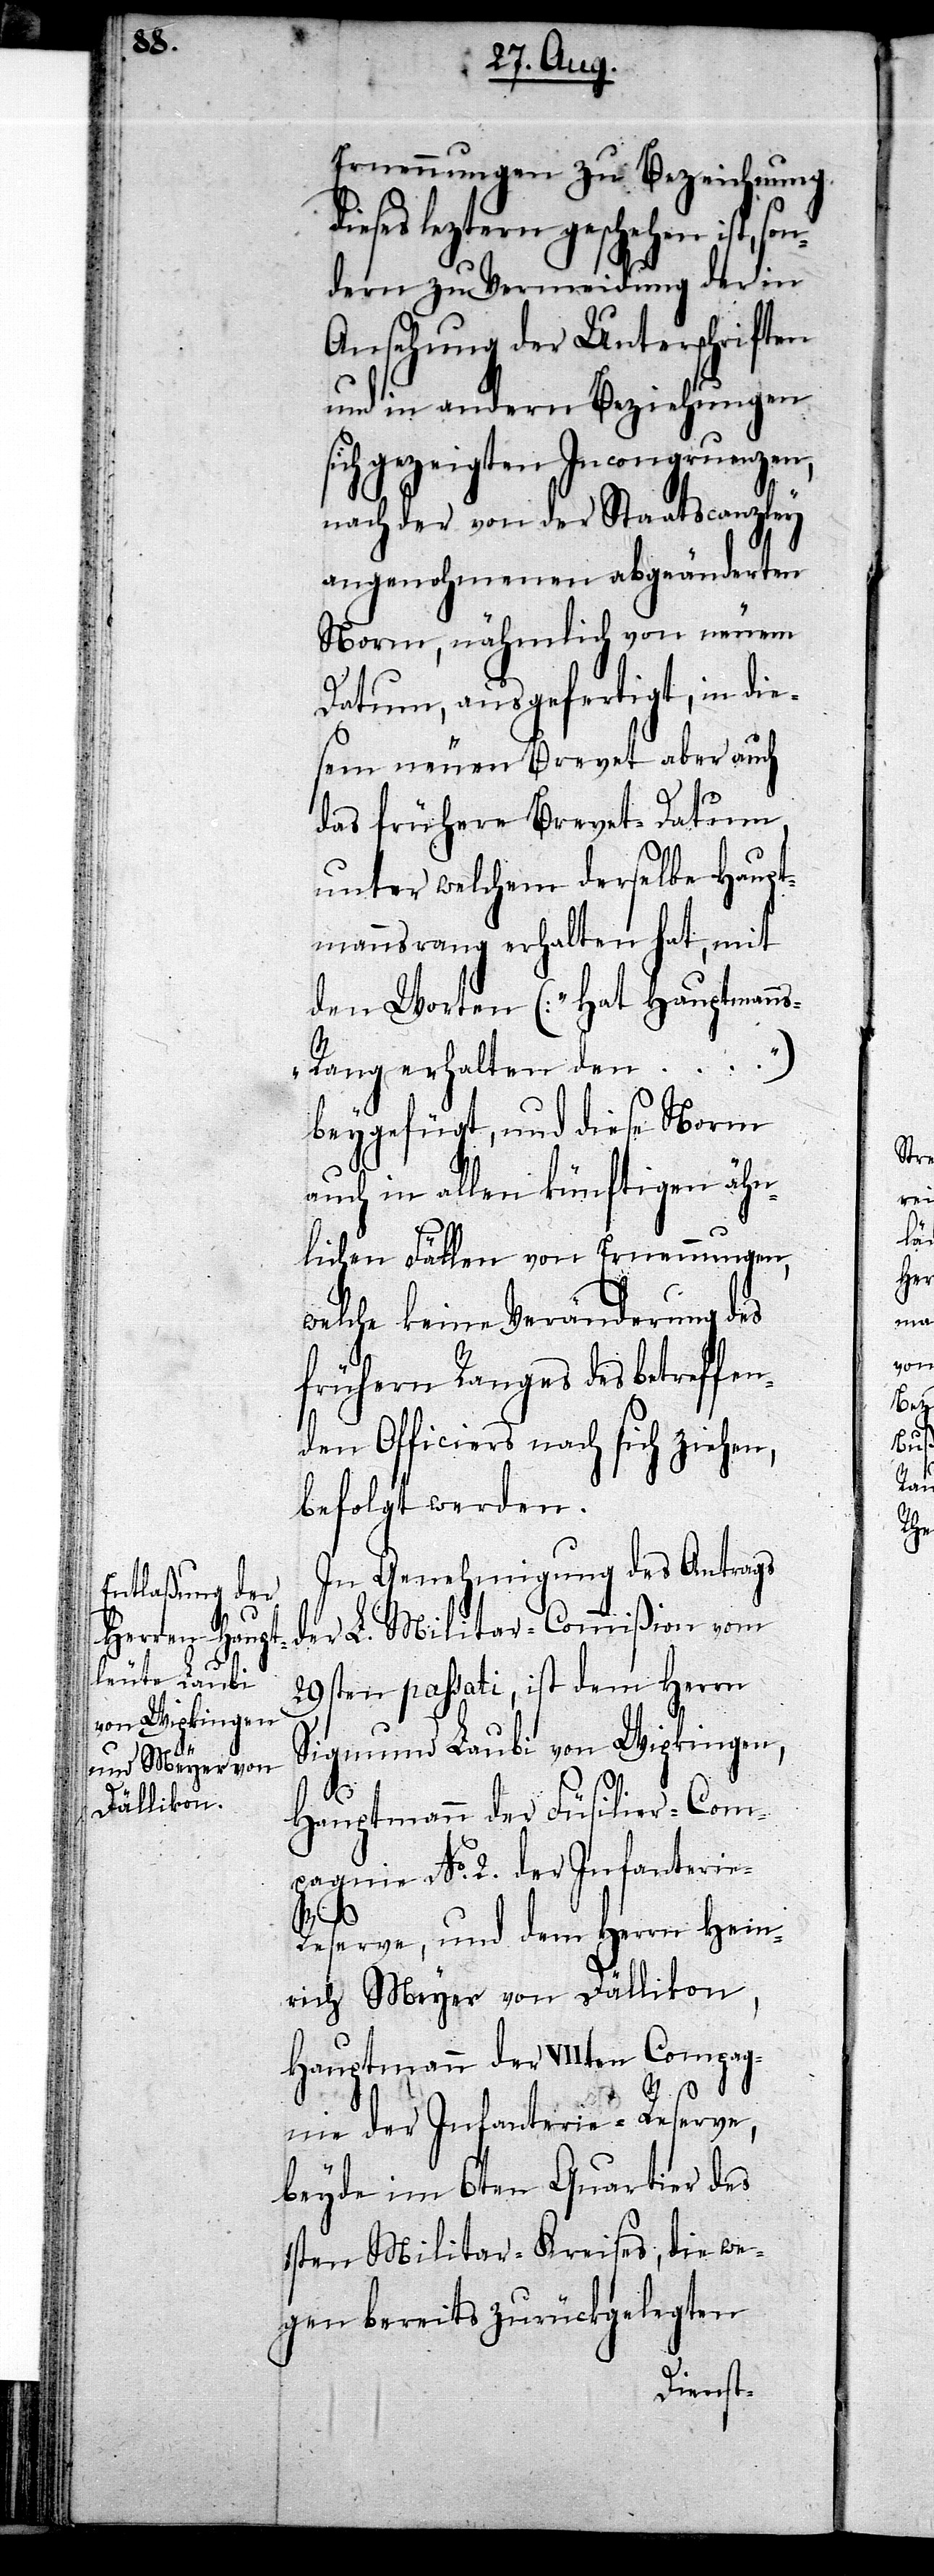
len

Ernennungen zu Bezeichnung
dieses leztern geschehen ist, son¬
dern zu Vermeidung der in
Ansehung der Unterschriften
und in andern Beziehungen
sich gezeigten Incongruenzen,
nach der von der Staatscanzley
angenohmenen abgeänderten
Norm, nähmlich von neuem
Datum, ausgefertigt, in die¬
sem neuen Brevet aber auch
das frühere Brevet-Datum,
unter welchem derselbe Haupt¬
mannsrang erhalten hat, mit
den Worten (: „Hat Hauptmann¬
s-Rang erhalten den …“)
beygefügt, und diese Norm
auch in allen künftigen Fäl¬
welche keine Veränderung des
frühern Ranges des betreffen¬
den Officiers nach sich ziehen,
befolgt werden.
In Genehmigung des Antrags
der L. Militar-Commißion vom
29sten passati, ist dem Herrn
Sigmund Laubi von Wipkingen,
Hauptmann der Füsilier-Com¬
pagnie No. 2. der Infanter¬
ie-R¬
eserve, und dem Herrn Hein¬
rich Meyer von Dällikon,
Hauptmann der VIIten Compag¬
nie der Infanterie-Reserve,
beyde im 6ten Quartier des
1sten Militar-Kreises, die we¬
gen bereits zurückgelegten